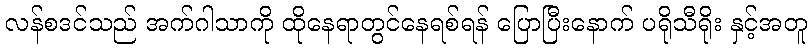
လန်စဒင်သည် အက်ဂါသာကို ထိုနေရာတွင်နေရစ်ရန် ပြောပြီးနောက် ပရိုသီရိုး နှင့်အတူ